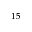
^ { 1 5 }